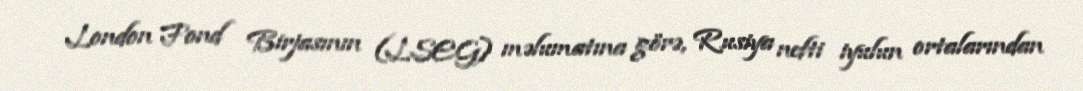
London Fond Birjasının (LSEG) məlumatına görə, Rusiya nefti iyulun ortalarından